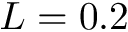
L = 0 . 2